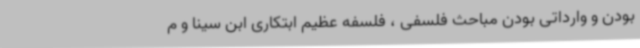
بودن و وارداتی بودن مباحث فلسفی ، فلسفه عظیم ابتکاری ابن سینا و م